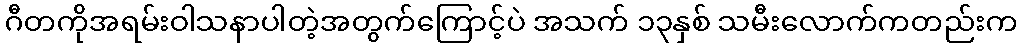
ဂီတကိုအရမ်းဝါသနာပါတဲ့အတွက်ကြောင့်ပဲ အသက် ၁၃နှစ် သမီးလောက်ကတည်းက